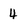
Character: 4